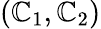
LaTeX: (\mathbb{C}_{1},\mathbb{C}_{2})